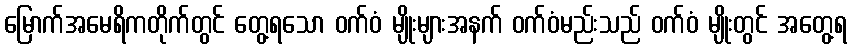
မြောက်အမေရိကတိုက်တွင် တွေ့ရသော ဝက်ဝံ မျိုးများအနက် ဝက်ဝံမည်းသည် ဝက်ဝံ မျိုးတွင် အတွေ့ရ